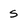
Character: s